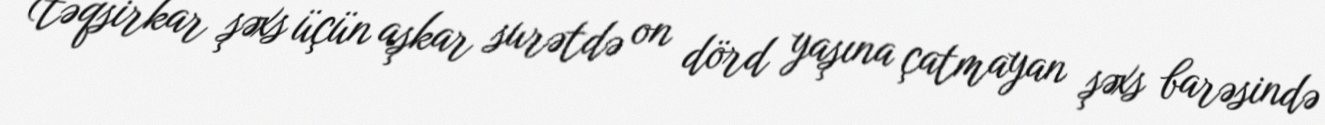
(təqsirkar şəxs üçün aşkar surətdə on dörd yaşına çatmayan şəxs barəsində